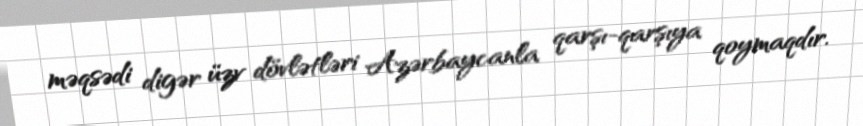
məqsədi digər üzv dövlətləri Azərbaycanla qarşı-qarşıya qoymaqdır.